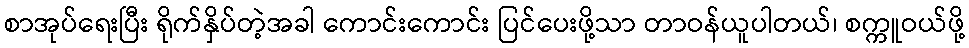
စာအုပ်ရေးပြီး ရိုက်နှိပ်တဲ့အခါ ကောင်းကောင်း ပြင်ပေးဖို့သာ တာဝန်ယူပါတယ်၊ စက္ကူဝယ်ဖို့